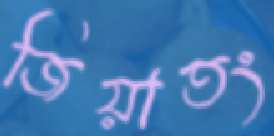
জিয়াতং